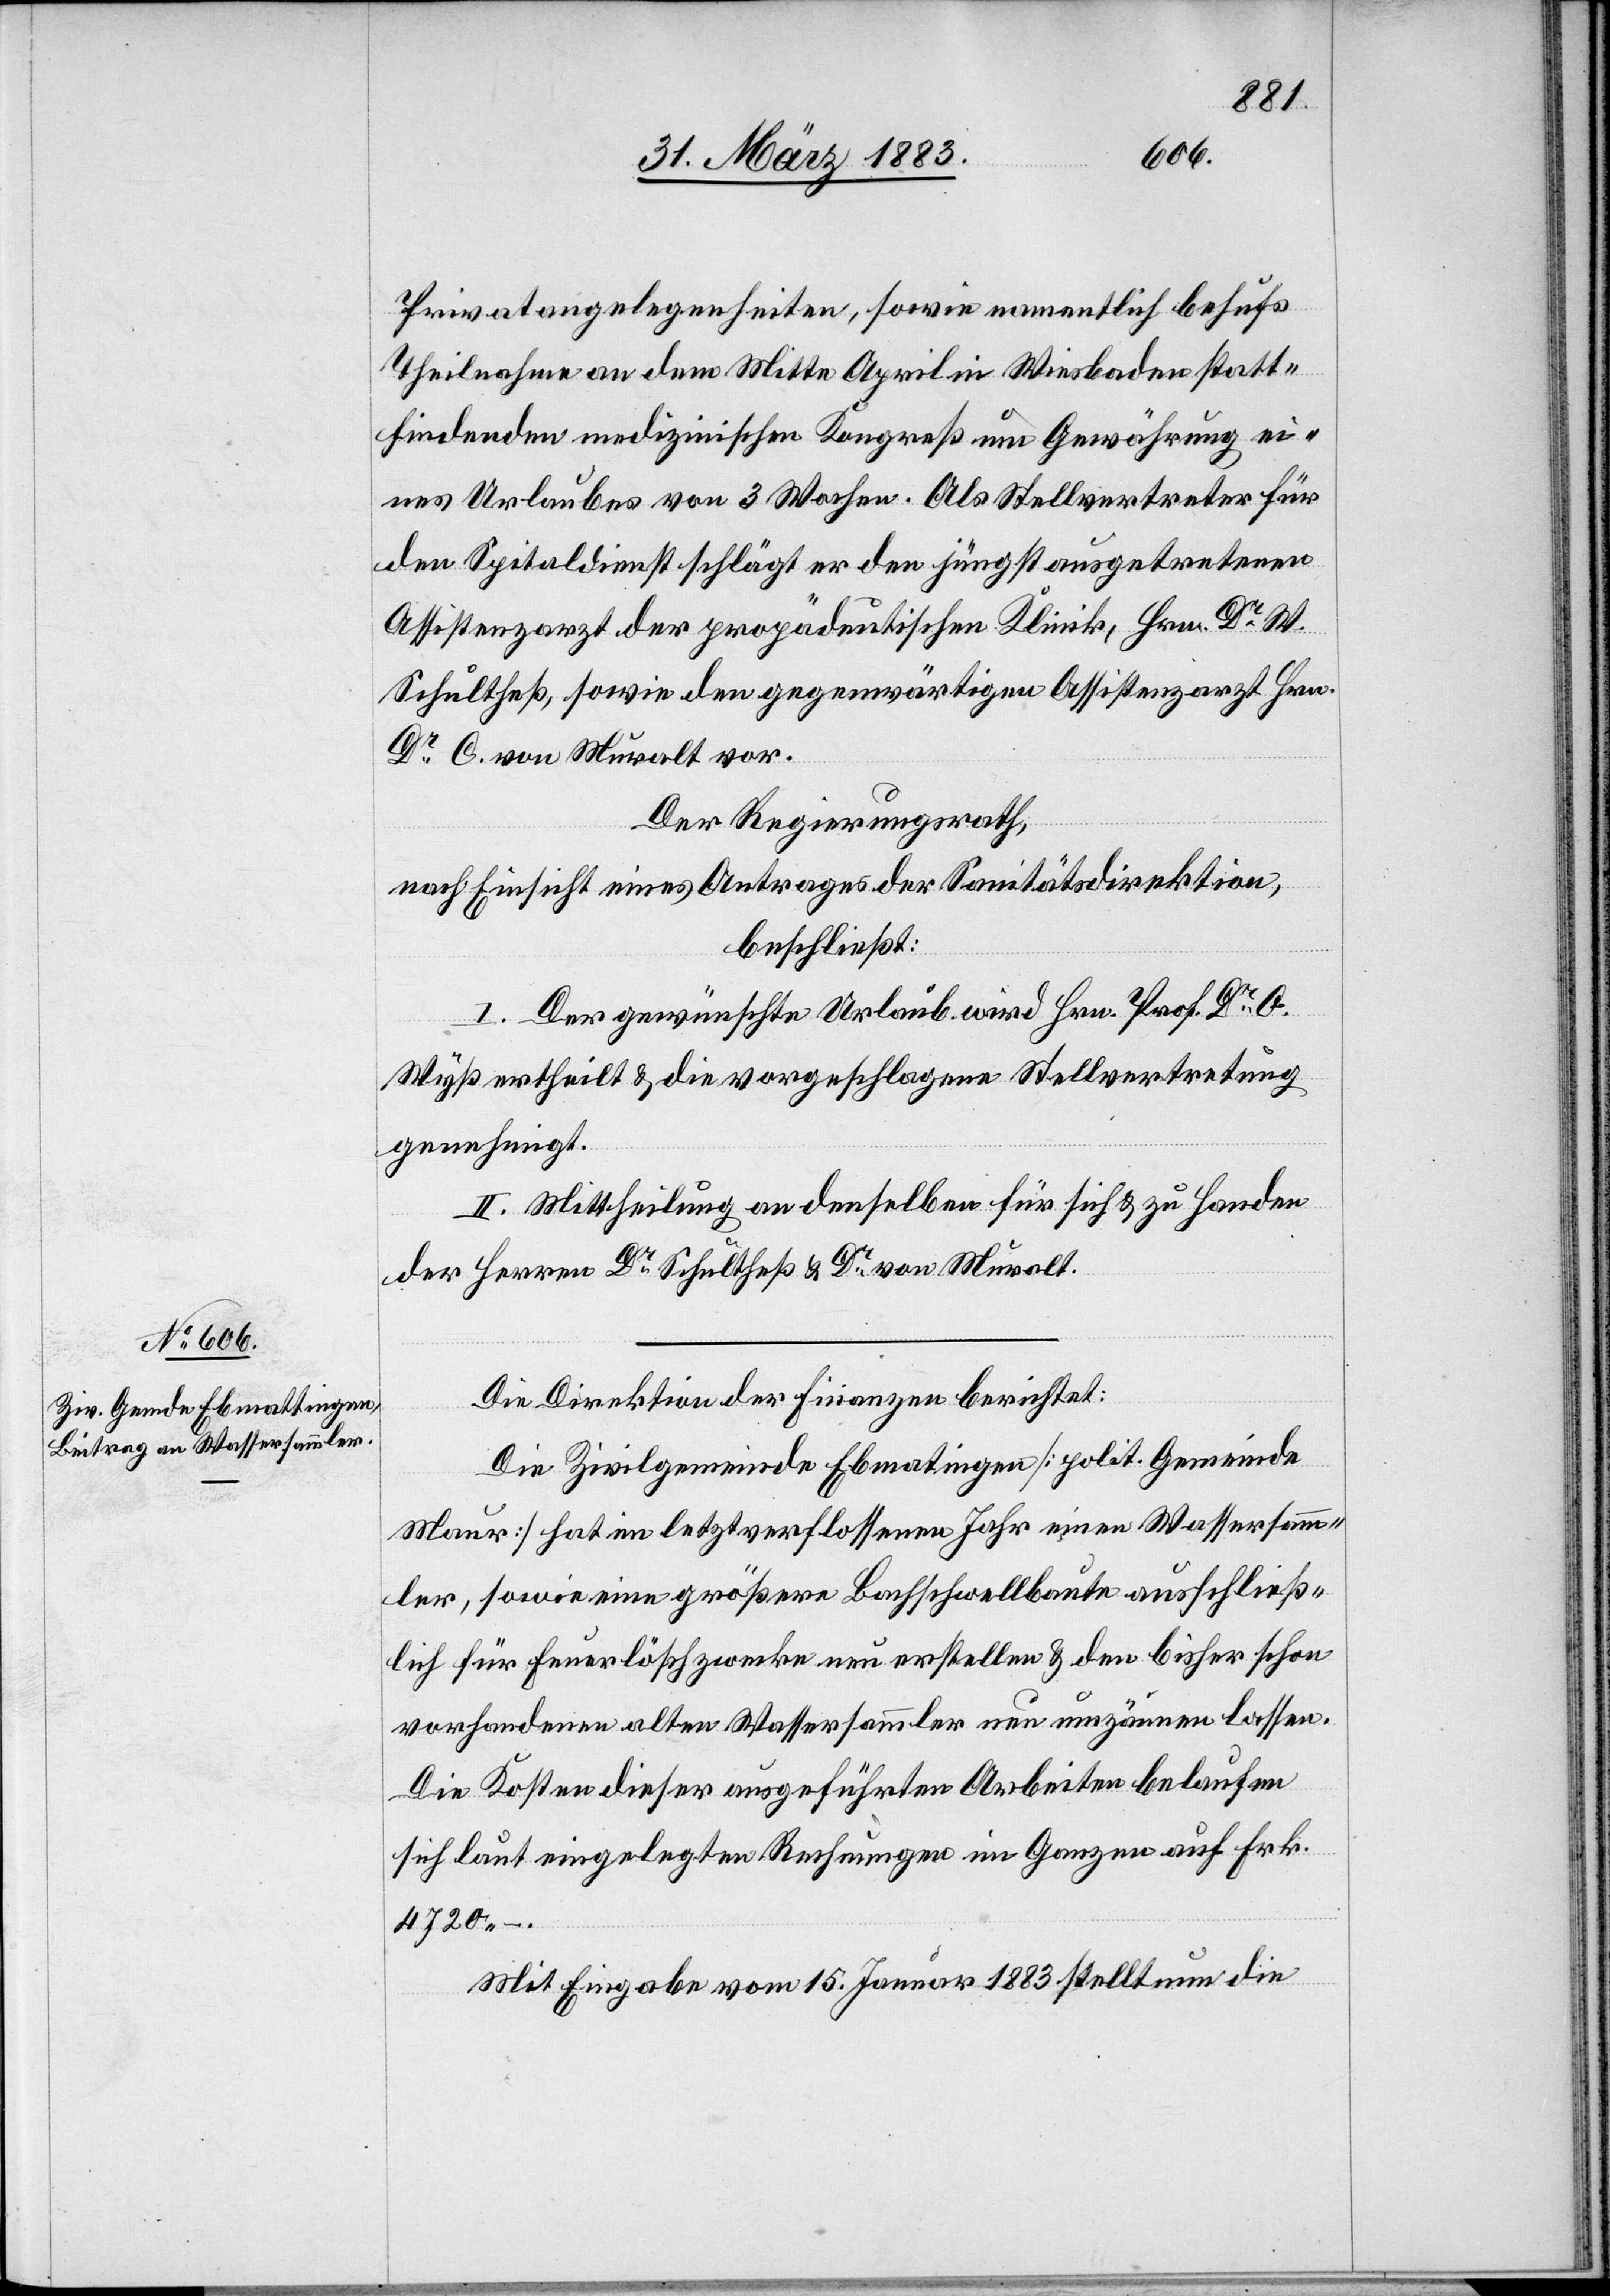
Privatangelegenheiten, sowie namentlich behufs
Theilnahme an dem Mitte April in Wiesbaden statt¬
findenden medizinischen Kongress um Gewährung ei¬
nes Urlaubes von 3 Wochen. Als Stellvertreter für
den Spitaldienst schlägt er den jüngst ausgetretenen
Assistenzarzt der propädeutischen Klinik, Hrn. Dr W.
Schultheß, sowie den gegenwärtigen Assistenzarzt Hrn.
Dr C. von Muralt vor.
Der Regierungsrath,
nach Einsicht eines Antrages der Sanitätsdirektion,
beschließt:
I. Der gewünschte Urlaub wird Hrn. Prof. Dr. O.
Wyß ertheilt & die vorgeschlagene Stellvertretung
genehmigt.
II. Mittheilung an denselben für sich & zu Handen
der Herren Dr Schultheß & Dr von Muralt.
Die Direktion der Finanzen berichtet:
Die Zivilgemeinde Ebmatingen [sic!] [politische Gemeinde
Maur] hat im letzt verflossenen Jahr einen Wassersamm¬
ler, sowie eine größere Bachschwellbaute ausschließ¬
lich für Feuerlöschzwecke neu erstellen & den bisher schon
vorhandenen alten Wassersammler neu umzäunen lassen.
Die Kosten dieser ausgeführten Arbeiten belaufen
sich laut eingelegten Rechnungen im Ganzen auf Frk.
4720
Mit Eingabe vom 15. Januar 1883 stellt nun die